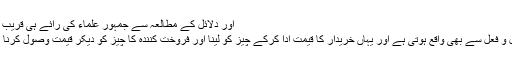
اور دلائل کے مطالعہ سے جمہور علماء کی رائے ہی قریب از صواب اورراجح معلوم ہوتی ہے کیونکہ:
* رضامندی فقط قول ہی سے نہیں بلکہ عمل و فعل سے بھی واقع ہوتی ہے اور یہاں خریدار کا قیمت ادا کرکے چیز کو لینا اور فروخت کنندہ کا چیز کو دیکر قیمت وصول کرنا اُن کی باہمی رضامندی کی صریح دلیل ہے۔